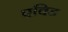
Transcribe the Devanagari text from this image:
एविड